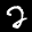
Label: 2